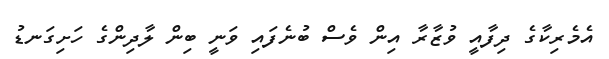
އެމެރިކާގެ ދިފާއީ ވުޒާރާ އިން ވެސް ބުނެފައި ވަނީ ބިން ލާދިންގެ ހަށިގަނޑު